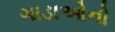
ગાડાઓનો